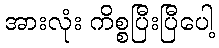
အားလုံး ကိစ္စပြီးပြီပေါ့